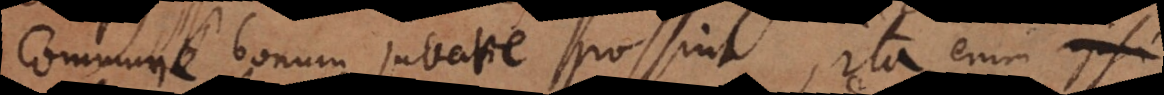
commune bonum juvare possint, ita enim ipsi